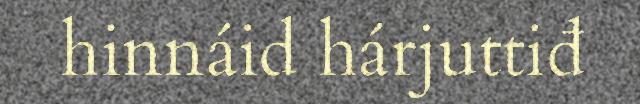
hinnáid hárjuttiđ